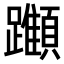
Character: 𨇪